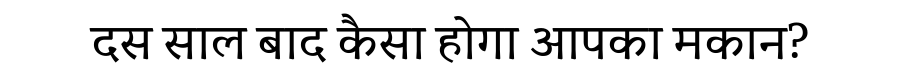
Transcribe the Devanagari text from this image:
दस साल बाद कैसा होगा आपका मकान?